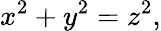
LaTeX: x^{2}+y^{2}=z^{2},